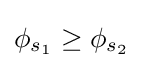
\phi _{s_{1}}\geq \phi _{s_{2}}